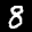
Label: 8